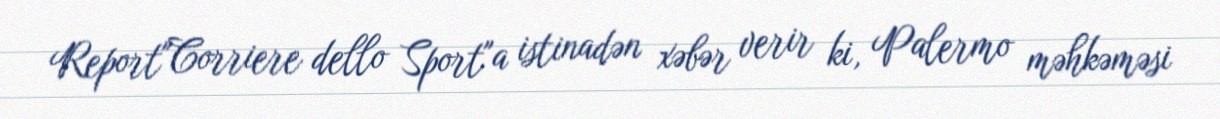
Report"Corriere dello Sport"a istinadən xəbər verir ki, Palermo məhkəməsi